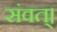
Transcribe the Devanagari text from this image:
संवत्‌।